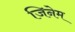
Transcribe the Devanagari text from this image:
जिनेम